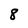
Character: 8